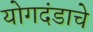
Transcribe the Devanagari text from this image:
योगदंडाचे